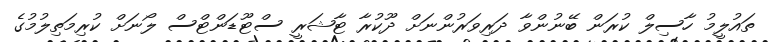
ތައުލީމު ހާސިލް ކުރަން ބޭނުންވާ ދަރިވަރުންނަށް ދޫކުރާ ޓާޝަރީ ސްޓޫޑަންޓްސް ލޯނަށް ކުރިމަތިލުމުގެ